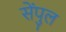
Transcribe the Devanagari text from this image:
सेंपुल